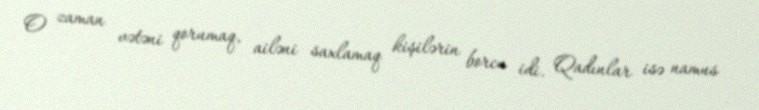
O zaman vətəni qorumaq, ailəni saxlamaq kişilərin borcu idi. Qadınlar isə namus